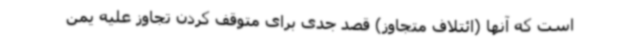
است که آنها (ائتلاف متجاوز) قصد جدی برای متوقف کردن تجاوز علیه یمن